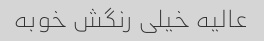
عالیه خیلی رنگش خوبه